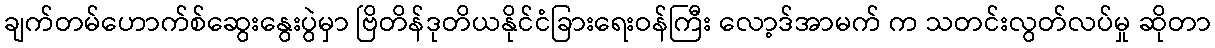
ချက်တမ်ဟောက်စ်ဆွေးနွေးပွဲမှာ ဗြိတိန်ဒုတိယနိုင်ငံခြားရေးဝန်ကြီး လော့ဒ်အာမက် က သတင်းလွတ်လပ်မှု ဆိုတာ